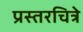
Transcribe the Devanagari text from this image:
प्रस्तरचित्रे